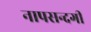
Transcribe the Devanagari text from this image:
नापसन्दगी